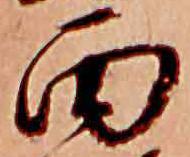
面